system: You are a helpful assistant.
user:
Analyze the provided spectrum to determine if it is a **Carbon Star (C-type)**.

- **Key Visual Indicators of Carbon Star:**
    - **(Primary):** Strong molecular absorption from **C₂ (diatomic carbon) "Swan Bands."** This is the **defining feature** of a carbon star.
        - **(Key Bandheads):** Sharp absorption edges are visible at approximately $5635$ Å, $5165$ Å (the strongest band), and $4737$ Å.
        - **(Line Profile):** Creates a distinct **"saw-tooth"** pattern. The key morphology is a sharp, steep bandhead on the **red (long-wavelength) side**, which then gradually tapers off (i.e., flux recovers) towards the **blue (short-wavelength) side**. *(This is the direct opposite of the TiO bands seen in M-type stars)*.

    - **(Secondary):** Intense **CN (cyanogen)** molecular absorption bands.
        - **(Key Bandheads):** Located in the blue and violet regions of the spectrum (e.g., near $4215$ Å and $3883$ Å).
        - **(Morphology):** These bands are extremely broad and act as a "blanket," absorbing the vast majority of blue and violet light. This creates a characteristic **"cliff"** or **"steep drop-off"** in the spectrum's flux at short wavelengths.

    - **(Key Confirmation):** Strong **CH absorption band (G-band)**.
        - **(Key Bandhead):** Located around $4300$ Å. The contribution from CH molecules to this band is exceptionally strong.

    - **(Overall Spectrum):**
        - The continuum is severely "chopped up" by these deep molecular bands, especially C₂, rather than appearing as a smooth curve.
        - Due to the heavy CN and C₂ absorption in the blue-green, the vast majority of the star's flux is concentrated in the red part of the spectrum, giving the star its characteristic deep red color.

Think first, call **spectral_visualization_tool** if needed to examine features in detail, then provide your final answer. Your response must adhere to the following strict rules:
1.  **Overall Structure:** Your response must follow the format `<think>...</think> <tool_call>...</tool_call> (if a tool is used) <answer>...</answer>`.
2.  **Tool Usage Constraint:** You may only make **one** tool call per turn.
3.  **Final Answer Format:** In the `<answer>` tag, your conclusion must be inside a `\boxed{}` command (e.g., `\boxed{YES}`), followed by your justification.

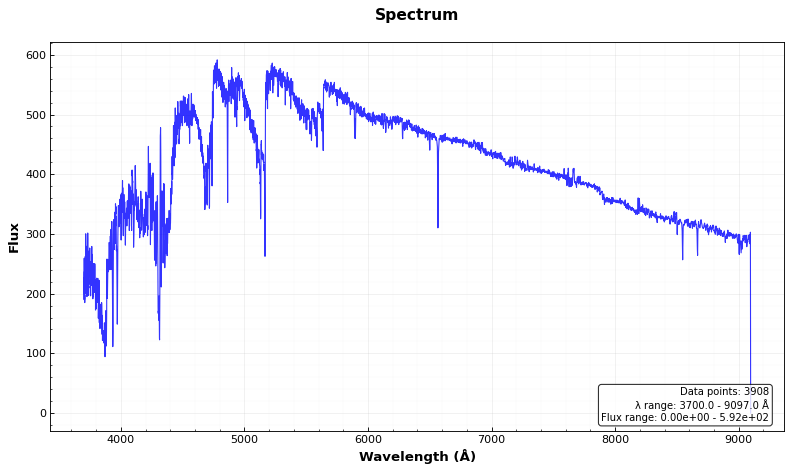
Answer: YES